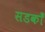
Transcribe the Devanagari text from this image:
सडकोँ